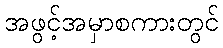
အဖွင့်အမှာစကားတွင်